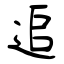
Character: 追